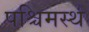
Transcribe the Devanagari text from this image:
पश्चिमस्थ